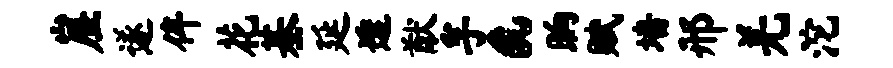
崖遂侔花基延透猷孚a晌赋墙邢羌沱